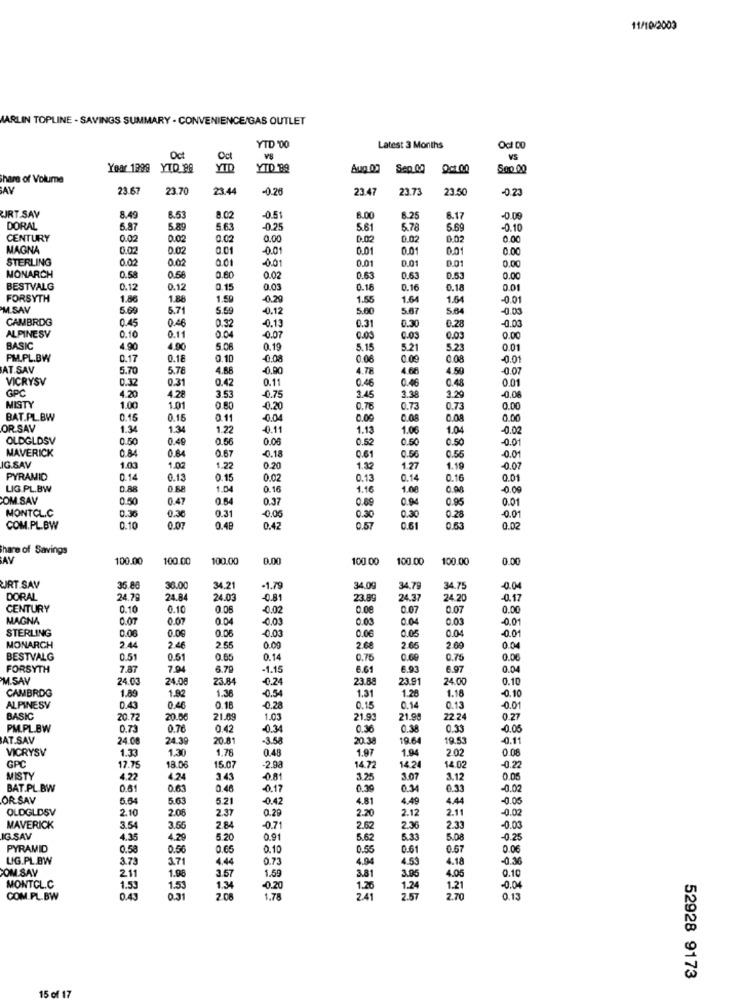
11/10/2003
MARLIN TOPLINE - SAVINGS SUMMARY - CONVENIENCE/GAS OUTLET
YTD '00
Latest 3 Months
Oct
Oct
V8
VS
Year 1999
YTD 88
YTD
YID 89
Aug 02
Sep 00
Oct.00
500.00
Share of Volume
AV
23.67
23.70
23.44
-0.26
23.47
23.73
23.5
-0 .23
RT.SAY
8.49
8.53
8.02
-0.51
8.00
6.25
6.17
-0.09
DORAL
5.87
5.89
5.63
-0.25
5.61
5.78
5.69
-0.10
CENTURY
0.00
0.02
0.02
0.00
0.02
0.02
0.02
0.00
MAGNA
0.02
0.02
0.01
-0.01
0.01
0.01
0.01
0.00
STERLING
002
0.02
0.01
0.01
0.01
0.01
0.01
0.00
MONARCH
0.58
0.56
0.60
0.02
0.63
0.63
0.53
0.00
BESTVALG
0.12
0.12
0.15
0.03
0.16
0.16
0.18
FORSYTH
1.86
1.88
1.59
-0.29
1.55
1.64
1.64
-0.01
M.SAV
5.69
5.71
5.59
-0.12
5.60
5.67
5.64
-0.03
CAMBRDG
0.45
0,46
0.32
-0.13
-0.03
004
0.31
0.30
0.28
ALPINESV
0.10
0.11
-0.07
0.OS
0.03
0.03
0.00
BASIC
4.90
4.00
5.06
0.19
5.15
5.21
5.23
001
PM.PL.BW
0.17
0.18
0.10
-0.08
0.06
0.00
0.08
-0.01
AT.SAV
5.70
5.76
4.88
-0.90
4.78
4.68
4.59
-0.07
VICRYSV
0.31
0.42
0.46
0.46
0.48
0.01
GP
0.32
3.53
0.11
3.38
-0.06
4.20
4.28
-0.75
3.45
3.29
MISTY
1.00
1.01
0.80
0.20
0.76
0.73
0.73
0.00
BAT.PL.BW
0.15
0.15
0.11
-0.04
0.00
0.08
0.08
0.00
OR SAY
1.34
1.34
1.22
-0.11
1.13
1.06
1.04
-0.02
OLDGLDSV
0.50
0.49
0.56
0.06
0.52
0.50
0.50
-0.01
MAVERICK
0.84
0.84
0.67
-0.18
0.61
0.56
0.55
-0.01
IG SAV
1.03
1.0
1.22
0.20
1.32
1.27
1.19
-0.07
PYRAMID
0.14
0.13
0.15
0.02
0.13
0.14
0.16
0.01
LIG.PL.BW
0.88
0.68
1.04
0.16
1.16
1.00
0.98
-0.00
COM.SAV
0.50
0.47
0.64
0.37
0.69
0.94
0.95
0.01
MONTCL.C
0.36
0.30
0.31
-0.05
0.30
0.30
0.28
-0.01
COM.PL.BW
0.10
0.07
0.48
0.42
0.57
0.61
0.63
0.02
hare of Savings
HAY
100.00
100.00
100.00
0.00
100.00
100.00
100.00
0.00
JRT.SAV
35.80
36.00
34.21
-1.79
34.09
34.79
34.75
-0.04
DORAL
24.79
24.84
24.03
0.81
23.89
24.37
24.20
-0.17
CENTURY
0.10
0.10
0.06
-0.02
0.00
0.07
0.07
0.00
MAGNA
0.07
0.07
0.04
-0.03
0.03
0.04
0.03
-0.01
STERLING
0.06
0.00
0.06
-0.03
0.06
0.05
0.04
-0.01
MONARCH
2.44
2.46
2.55
0.00
2.68
2.66
2.69
0.04
BESTVALG
0.51
0.51
0.65
0.14
0.75
0.69
0.75
0.06
FORSYTH
7.87
7.9
6.79
-1.15
6.61
6.93
6.97
0.04
M.SAV
24.03
24.08
23.84
-0.24
23.88
23.91
24.00
0.10
CAMBRDG
1.89
1.92
1.36
0.54
1.31
1.28
1.18
0.10
ALPINESY
0.43
0.46
0.18
-0.28
0.15
0.14
0.13
-0.01
BASIC
20.72
20.00
21.09
1.03
21.93
21.9
22 24
0.27
PM.PL.BW
0.73
0.76
0.42
-0.34
0.36
0.38
0.33
-0.05
AT.SAV
24.08
24.39
20.81
-3.58
20.38
19.64
19.53
-0.11
VICRYSV
1.33
1.30
1.76
1.97
1.94
2.02
0 08
GP
0.48
-0.22
17.75
18.06
15.07
-2.98
4.72
14.24
14.02
MISTY
4.22
4.24
3.43
-0.81
3.25
3.07
3.12
0.06
BAT.PL.BW
0.61
0.63
0.46
-0.17
0.39
0.34
0.33
-0.02
OR SAV
5.6
5.63
5.21
-0.42
4.81
4.49
4.44
-0.05
OLDGLDSV
2.10
2.08
2.37
2.20
2.12
2.11
-0.02
0.29
MAVERICK
3.54
3.65
2.84
-0.71
2.62
2.36
2.33
-0.03
IG.SAV
4.35
4.29
5.20
0.91
5.62
5.33
5.08
-0.25
PYRAMID
0.58
0.56
0.65
0.10
0.55
0.61
0.67
0.06
LIG.PL.BW
3.73
17
4.44
0.73
4.94
4.59
4.18
-0.36
POM.SAY
1.98
3.57
1.59
3.81
3.95
4.05
0.10
211
MONTCL.C
1.53
1.5
1.34
-0.20
1.26
1.24
1.21
-0.04
COM.PL.BW
0.4
2.06
1,78
241
2.57
2.70
0.13
52928 9173
15 of 17